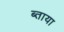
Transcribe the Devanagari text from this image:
ब्ताया